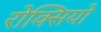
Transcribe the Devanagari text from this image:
रोक्सियो